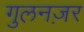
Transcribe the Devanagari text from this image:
गुलनज़र